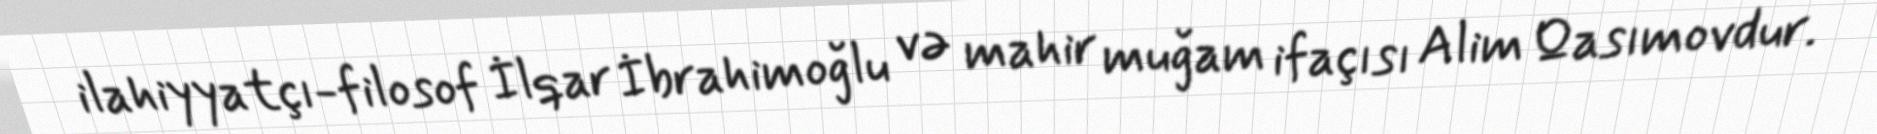
ilahiyyatçı-filosof İlqar İbrahimoğlu və mahir muğam ifaçısı Alim Qasımovdur.